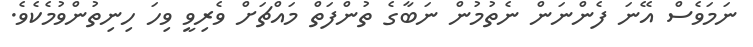
ނަމަވެސް އޭނަ ފެންނަން ނެތުމުން ނަބާގެ ތުންފަތް މައްޗަށް ވެރިވީ ވިހަ ހިނިތުންވުމެކެވެ.